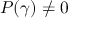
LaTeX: P ( \gamma ) \neq 0